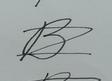
Signature authenticity: forged